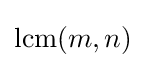
\operatorname {lcm} (m,n)